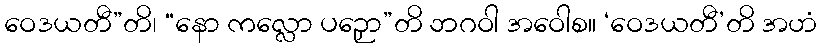
ဝေဒယတီ”တိ၊ “နော ကလ္လော ပဉှော”တိ ဘဂဝါ အဝေါစ။ ‘ဝေဒယတီ’တိ အဟံ